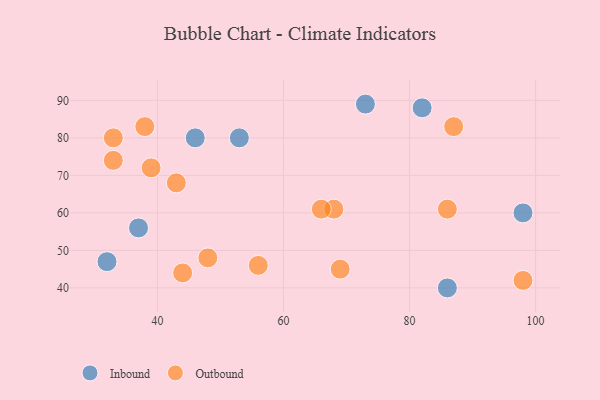
{"axis": {"x": "GDP", "y": "Life Expectancy"}, "legend": ["Inbound", "Outbound"], "data": [{"x": "32", "y": 47, "type": "Inbound"}, {"x": "86", "y": 40, "type": "Inbound"}, {"x": "73", "y": 89, "type": "Inbound"}, {"x": "98", "y": 60, "type": "Inbound"}, {"x": "46", "y": 80, "type": "Inbound"}, {"x": "37", "y": 56, "type": "Inbound"}, {"x": "82", "y": 88, "type": "Inbound"}, {"x": "53", "y": 80, "type": "Inbound"}, {"x": "39", "y": 72, "type": "Outbound"}, {"x": "44", "y": 44, "type": "Outbound"}, {"x": "56", "y": 46, "type": "Outbound"}, {"x": "33", "y": 80, "type": "Outbound"}, {"x": "87", "y": 83, "type": "Outbound"}, {"x": "43", "y": 68, "type": "Outbound"}, {"x": "48", "y": 48, "type": "Outbound"}, {"x": "33", "y": 74, "type": "Outbound"}, {"x": "86", "y": 61, "type": "Outbound"}, {"x": "98", "y": 42, "type": "Outbound"}, {"x": "69", "y": 45, "type": "Outbound"}, {"x": "38", "y": 83, "type": "Outbound"}, {"x": "68", "y": 61, "type": "Outbound"}, {"x": "66", "y": 61, "type": "Outbound"}]}